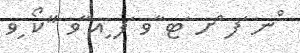
ްނ ަފ ްށ ަޓ ާވ ަފ ިއ ާވ "ކޯ ިވ